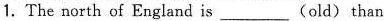
1.The north of England is ___(old) than